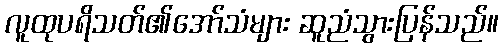
လူထုပရိသတ်၏အော်သံများ ဆူညံသွားပြန်သည်။